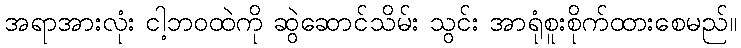
အရာအားလုံး ငါ့ဘဝထဲကို ဆွဲဆောင်သိမ်း သွင်း အာရုံစူးစိုက်ထားစေမည်။